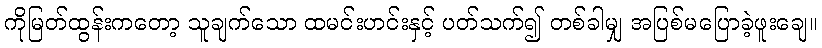
ကိုမြတ်ထွန်းကတော့ သူချက်သော ထမင်းဟင်းနှင့် ပတ်သက်၍ တစ်ခါမျှ အပြစ်မပြောခဲ့ဖူးချေ။